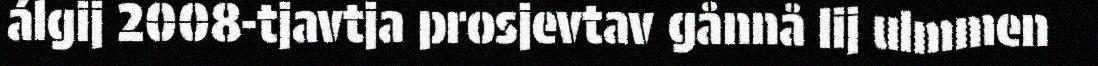
álgij 2008-tjavtja prosjevtav gånnå lij ulmmen